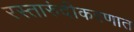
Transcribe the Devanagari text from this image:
रस्तारुंदीकरणात